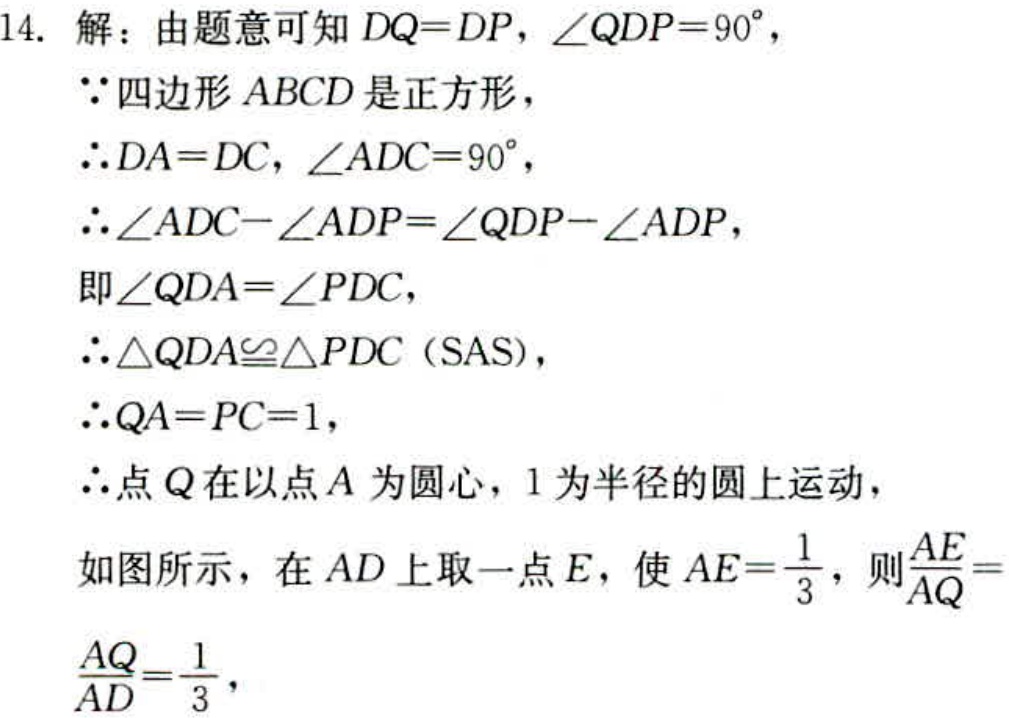
14. 解：由题意可知 \(DQ = DP\)，\(\angle QDP = 90^{\circ}\)，
\(\because\)四边形 \(ABCD\) 是正方形，
\(\therefore DA=DC\)，\(\angle ADC = 90^{\circ}\)，
\(\therefore\angle ADC-\angle ADP=\angle QDP - \angle ADP\)，
即\(\angle QDA=\angle PDC\)，
\(\therefore\triangle QDA\cong\triangle PDC\)（SAS），
\(\therefore QA = PC = 1\)，
\(\therefore\)点 \(Q\) 在以点 \(A\) 为圆心，\(1\) 为半径的圆上运动，
如图所示，在 \(AD\) 上取一点 \(E\)，使 \(AE=\frac{1}{3}\)，则\(\frac{AE}{AQ}=\)
\(\frac{AQ}{AD}=\frac{1}{3}\)，